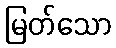
မြတ်သော